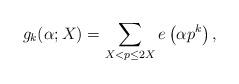
LaTeX: \begin{align*}g_k(\alpha;X)=\sum_{X <p\le 2X}e\left( \alpha p^k \right),\end{align*}